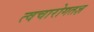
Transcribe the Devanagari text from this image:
त्वचारोगतज्ञ